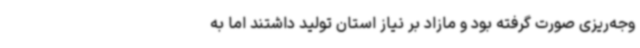
وجه‌ریزی صورت گرفته بود و مازاد بر نیاز استان تولید داشتند اما به